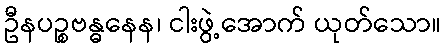
ဦနပဉ္စဗန္ဓနေန၊ ငါးဖွဲ့အောက် ယုတ်သော။